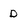
Character: D